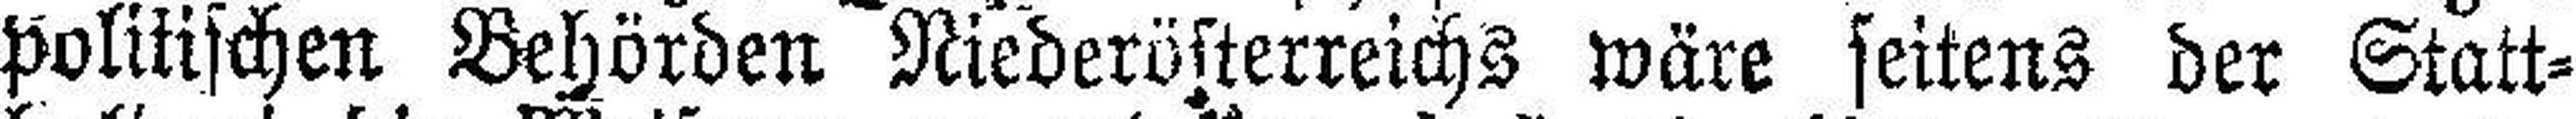
politischen Behörden Niederösterreichs wäre seitens der Statt¬